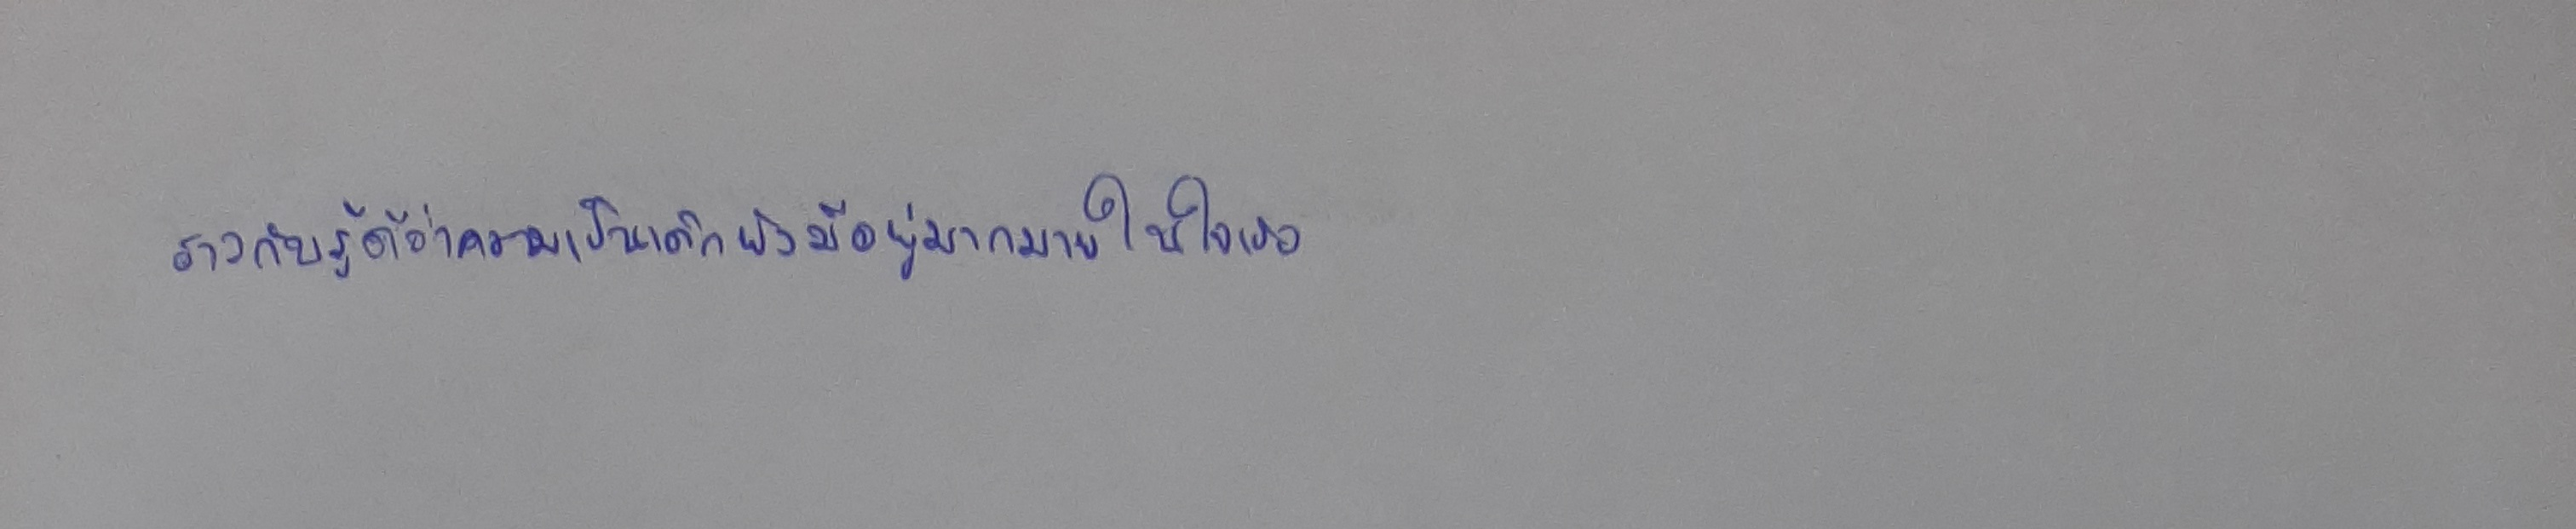
ราวกับรู้ดีว่าความเป็นเด็กยังมีอยู่มากมายในใจเธอ